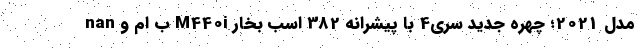
nan ب ام و M440i مدل 2021؛ چهره جدید سری4 با پیشرانه 382 اسب بخار